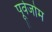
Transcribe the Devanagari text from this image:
पूर्वजोम